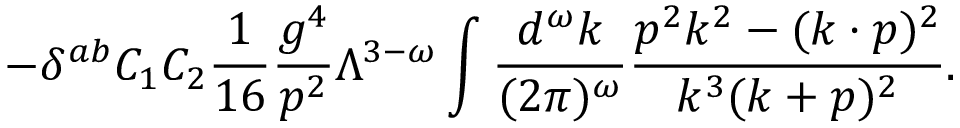
- \delta ^ { a b } C _ { 1 } C _ { 2 } { \frac { 1 } { 1 6 } } { \frac { g ^ { 4 } } { p ^ { 2 } } } \Lambda ^ { 3 - \omega } \int { \frac { d ^ { \omega } k } { ( 2 \pi ) ^ { \omega } } } { \frac { p ^ { 2 } k ^ { 2 } - ( k \cdot p ) ^ { 2 } } { k ^ { 3 } ( k + p ) ^ { 2 } } } .